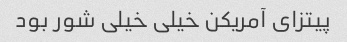
پیتزای آمریکن خیلی خیلی شور بود